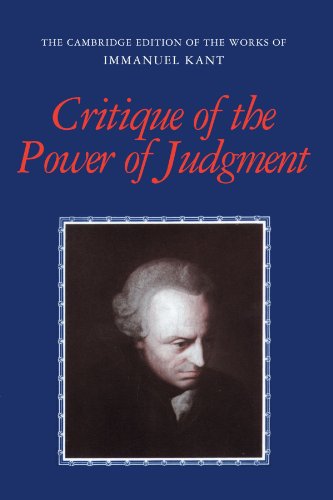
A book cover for Critique of the Power of Judgment (The Cambridge Edition of the Works of Immanuel Kant); Immanuel Kant; Politics & Social Sciences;